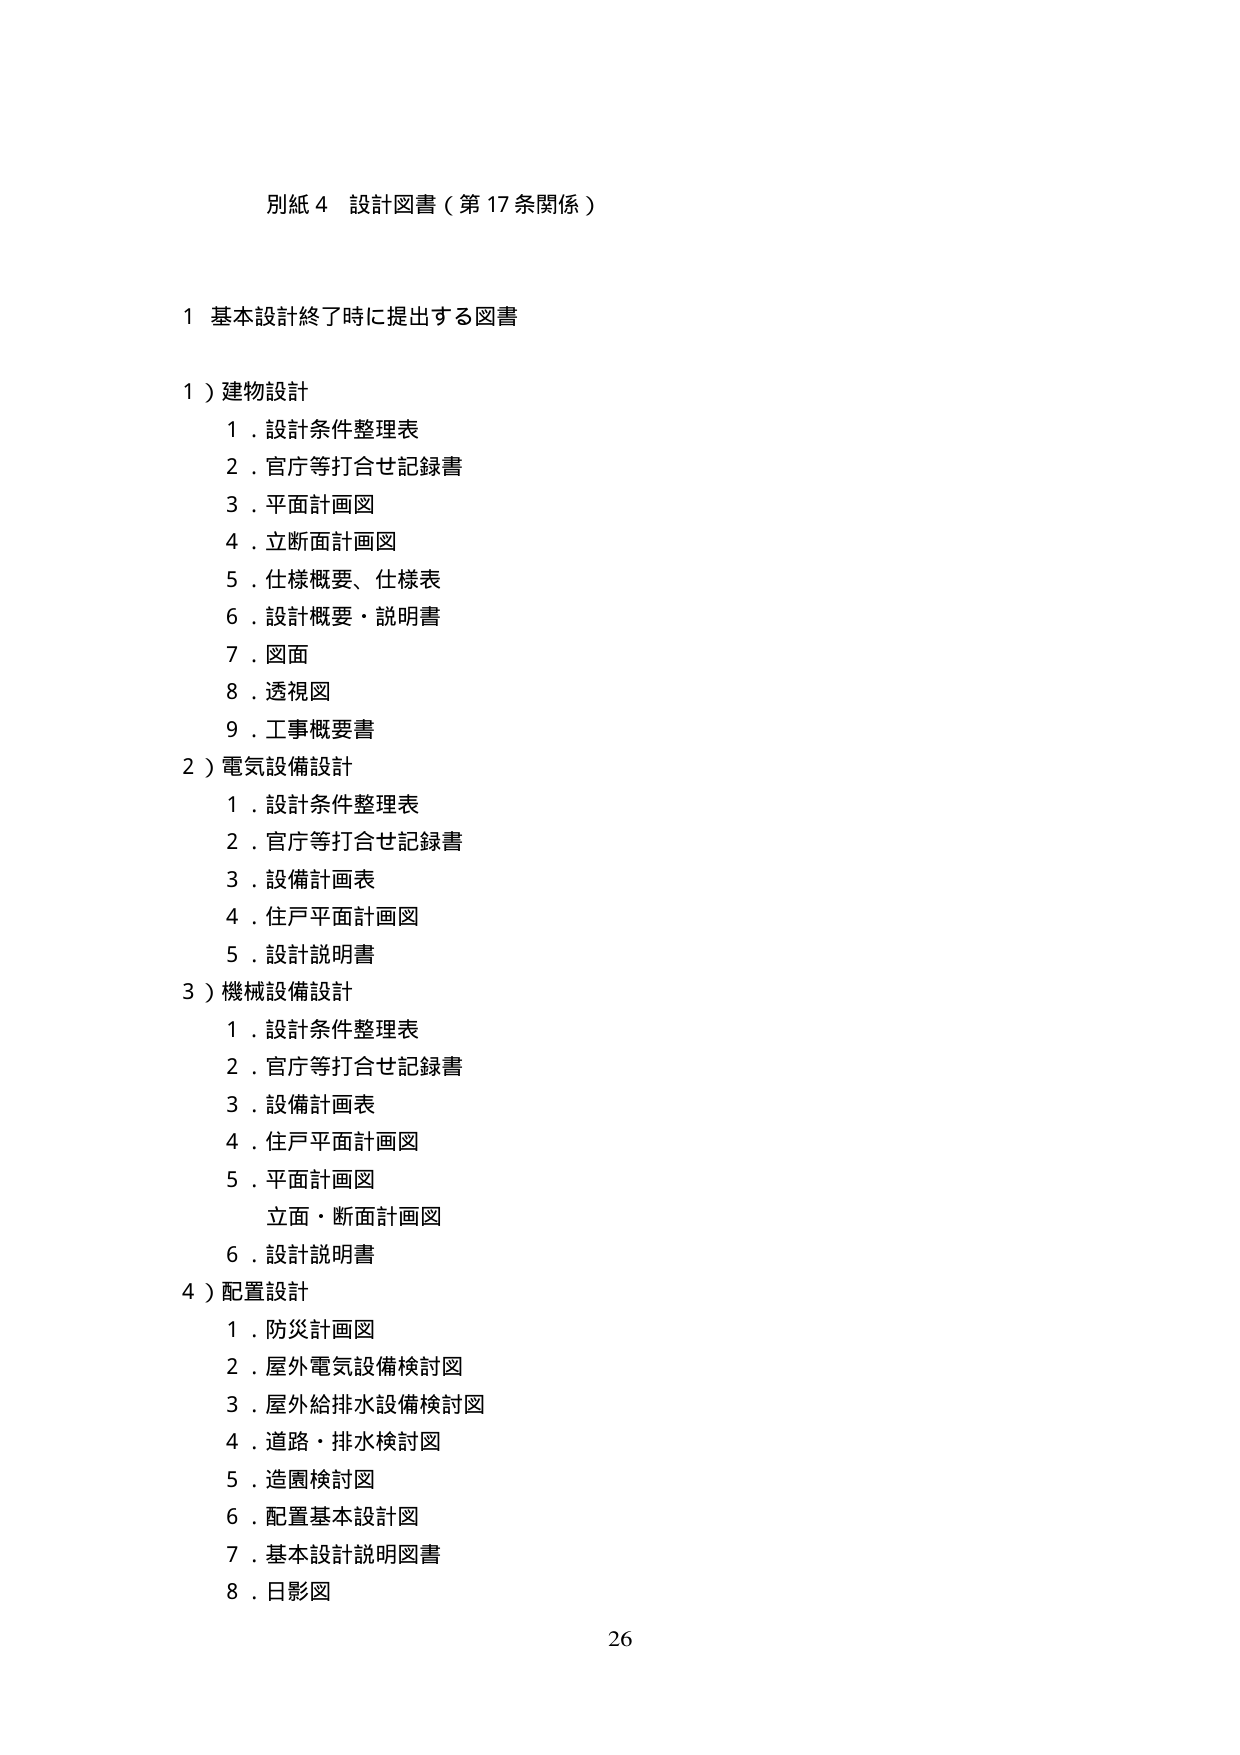
別紙４ 設計図書（第17条関係）

１ 基本設計終了時に提出する図書

１）建物設計
　１．設計条件整理表
　２．官庁等打合せ記録書
　３．平面計画図
　４．立断面計画図
　５．仕様概要、仕様表
　６．設計概要・説明書
　７．図面
　８．透視図
　９．工事概要書

２）電気設備設計
　１．設計条件整理表
　２．官庁等打合せ記録書
　３．設備計画表
　４．住戸平面計画図
　５．設計説明書

３）機械設備設計
　１．設計条件整理表
　２．官庁等打合せ記録書
　３．設備計画表
　４．住戸平面計画図
　５．平面計画図
　　　立面・断面計画図
　６．設計説明書

４）配置設計
　１．防災計画図
　２．屋外電気設備検討図
　３．屋外給排水設備検討図
　４．道路・排水検討図
　５．造園検討図
　６．配置基本設計図
　７．基本設計説明図書
　８．日影図

26